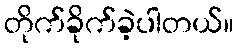
တိုက်ခိုက်ခဲ့ပါတယ်။